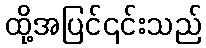
ထို့အပြင်၎င်းသည်